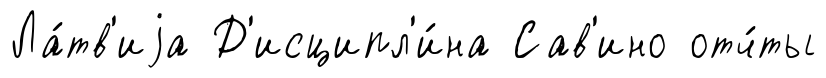
Ла́тв'иjа Д'исципл'и́на Сав'ино отч́ты